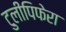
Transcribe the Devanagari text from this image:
टुलीपिफेरा